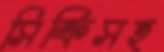
সিক্রিসহ